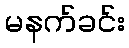
မနက်ခင်း